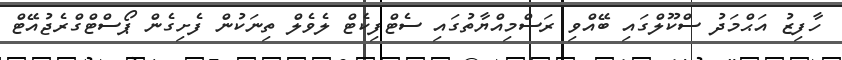
ހާފިޒު އަޙްމަދު ސްކޫލްގައި ބޭއްވި ރަސްމިއްޔާތުގައި ސެޓްފިކެޓް ލެވެލް ތިނަކުން ފެށިގެން ޕޯސްޓްގްރެޖުއޭޓް